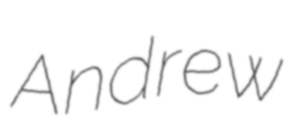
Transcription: Andrew